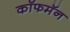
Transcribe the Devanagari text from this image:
कॉफमॅन